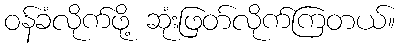
ဝန်ခံလိုက်ဖို့ ဆုံးဖြတ်လိုက်ကြတယ်။